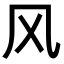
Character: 风